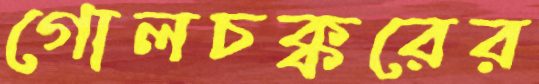
গোলচক্করের